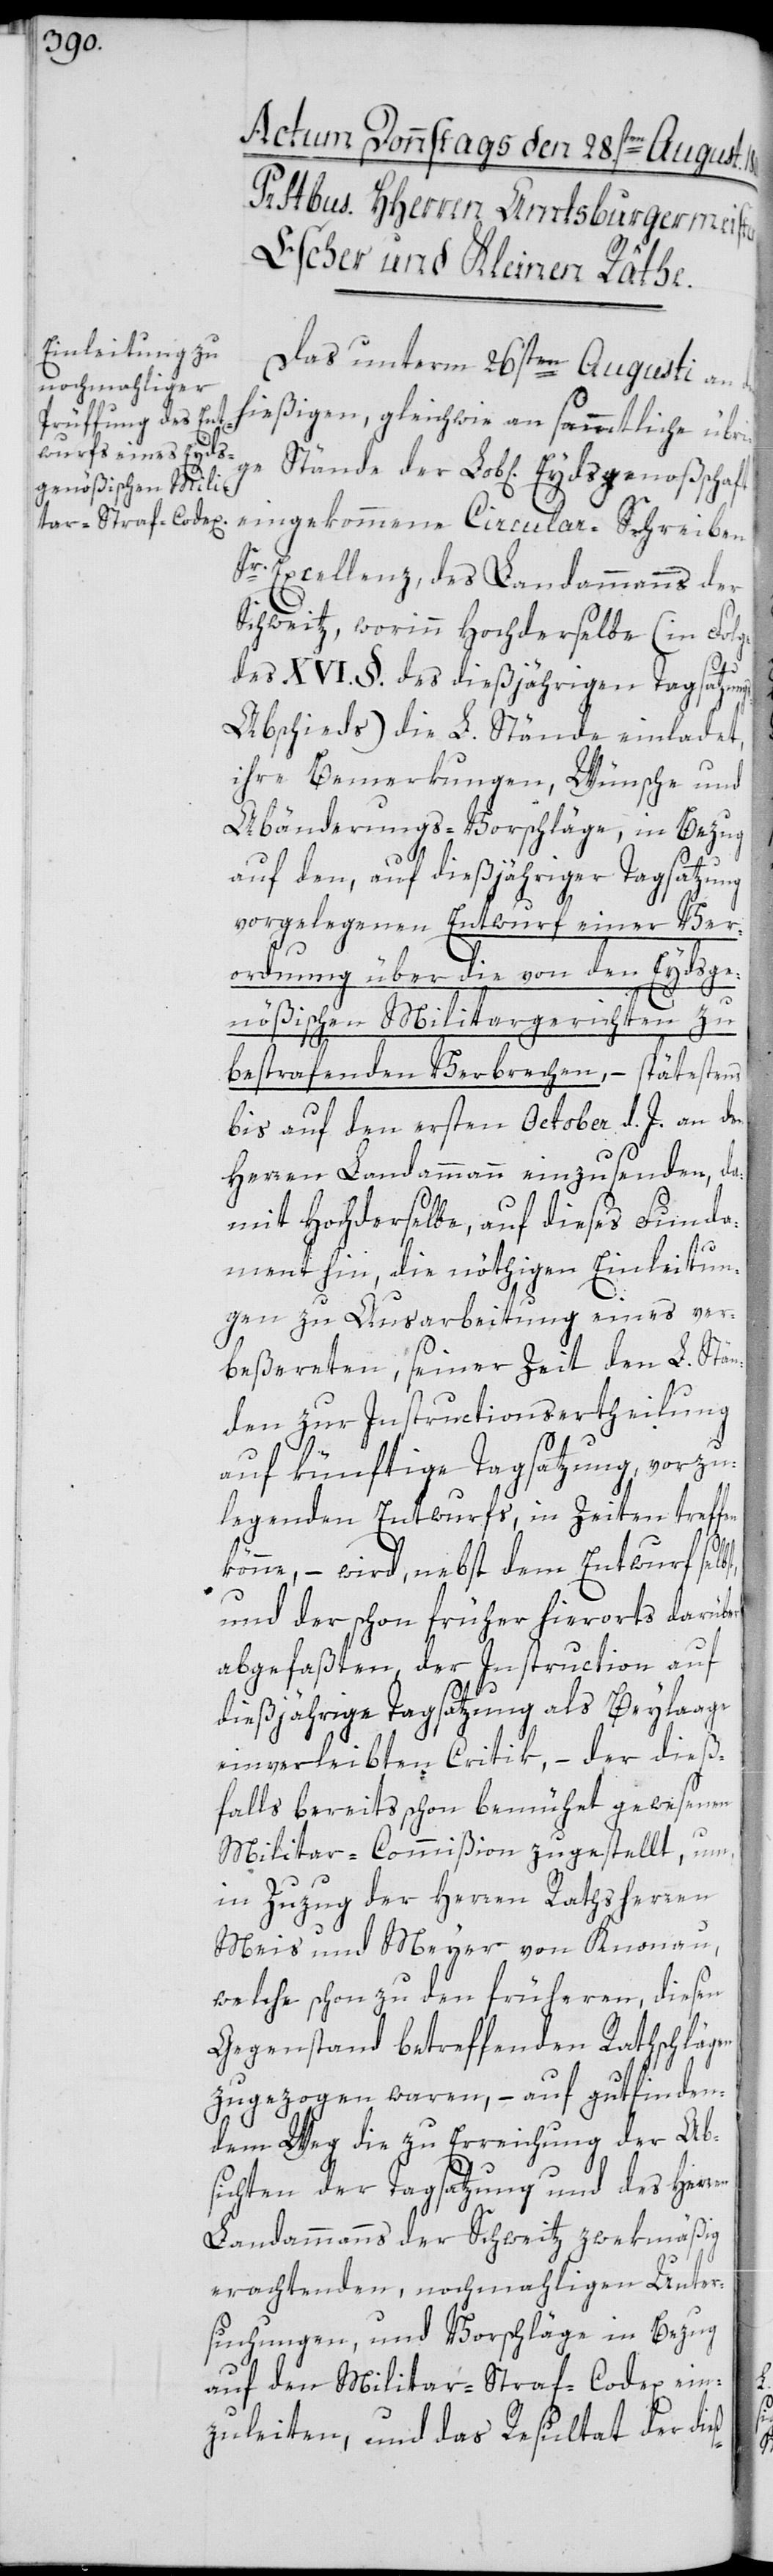
Das unterm 26sten Augusti an
hießigen, gleichwie an sämmtliche übri¬
ge Stände der Lobl. Eidsgenoßschaft
eingekommene Circular-Schreiben
Sr. Excellenz des Landammanns der
Schweitz, worinn Hochderselbe (in Folge
des XVI. §. des dießjährigen Tagsatzung¬
s-Abschieds) die L. Stände einladet,
ihre Bemerkungen, Wünsche und
Abänderungs-Vorschläge, in Bezug
auf den, auf dießjähriger Tagsatzung
vorgelegenen Entwurf einer Ver¬
ordnung über die von den Eydsge¬
nößischen Militargerichten zu
bestrafenden Verbrechen, – spätestens
bis auf den ersten October d. J. an den
Herren Landammann einzusenden, da¬
mit Hochderselbe, auf dieses Funda¬
ß-
ment hin, die nöthigen Einleitun¬
gen zu Ausarbeitung eines ver¬
beßereten, seiner Zeit den L. Stä¬
nden zur Instructionsertheilung
auf künftige Tagsatzung, vorzu¬
legenden Entwurfs, in Zeiten treffen
könne, – wird, nebst dem Entwurf selb¬
und der schon früher hierorts darüber
abgefaßten, der Instruction auf
dießjährige Tagsatzung als Beylaage
einverleibten Critik, – der dieß¬
falls bereits schon bemühet gewesenen
Militar-Commißion zugestellt, um
in Zuzug der Herren Rathsherren
Meis und Meyer von Knonau,
welche schon zu den früheren, diesen
Gegenstand betreffenden Rathschlägen
zugezogen waren, auf gutfinden¬
dem Weg die zu Erreichung der Ab¬
sichten der Tagsatzung und des Herr¬
Landammanns der Schweitz zwekmäßig
erachtenden, nochmahligen Unter¬
suchungen, und Vorschläge in Bezug
auf den Militar-Straf-Codex ein¬
zuleiten, und das Resultat der die¬